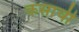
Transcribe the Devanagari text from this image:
कसाची